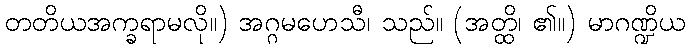
တတိယအက္ခရာမလို။) အဂ္ဂမဟေသီ၊ သည်။ (အတ္ထိ၊ ၏။) မာဂဏ္ဍိယ